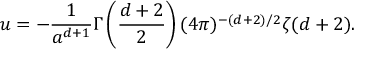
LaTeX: u = - { \frac { 1 } { a ^ { d + 1 } } } \Gamma \left( { \frac { d + 2 } { 2 } } \right) ( 4 \pi ) ^ { - ( d + 2 ) / 2 } \zeta ( d + 2 ) .